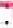
: